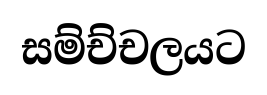
සම්ච්චලයට